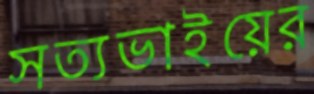
সত্যভাইয়ের